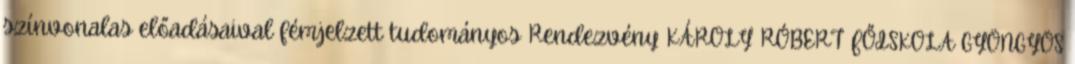
színvonalas előadásaival fémjelzett tudományos Rendezvény KÁROLY RÓBERT FŐISKOLA GYÖNGYÖS